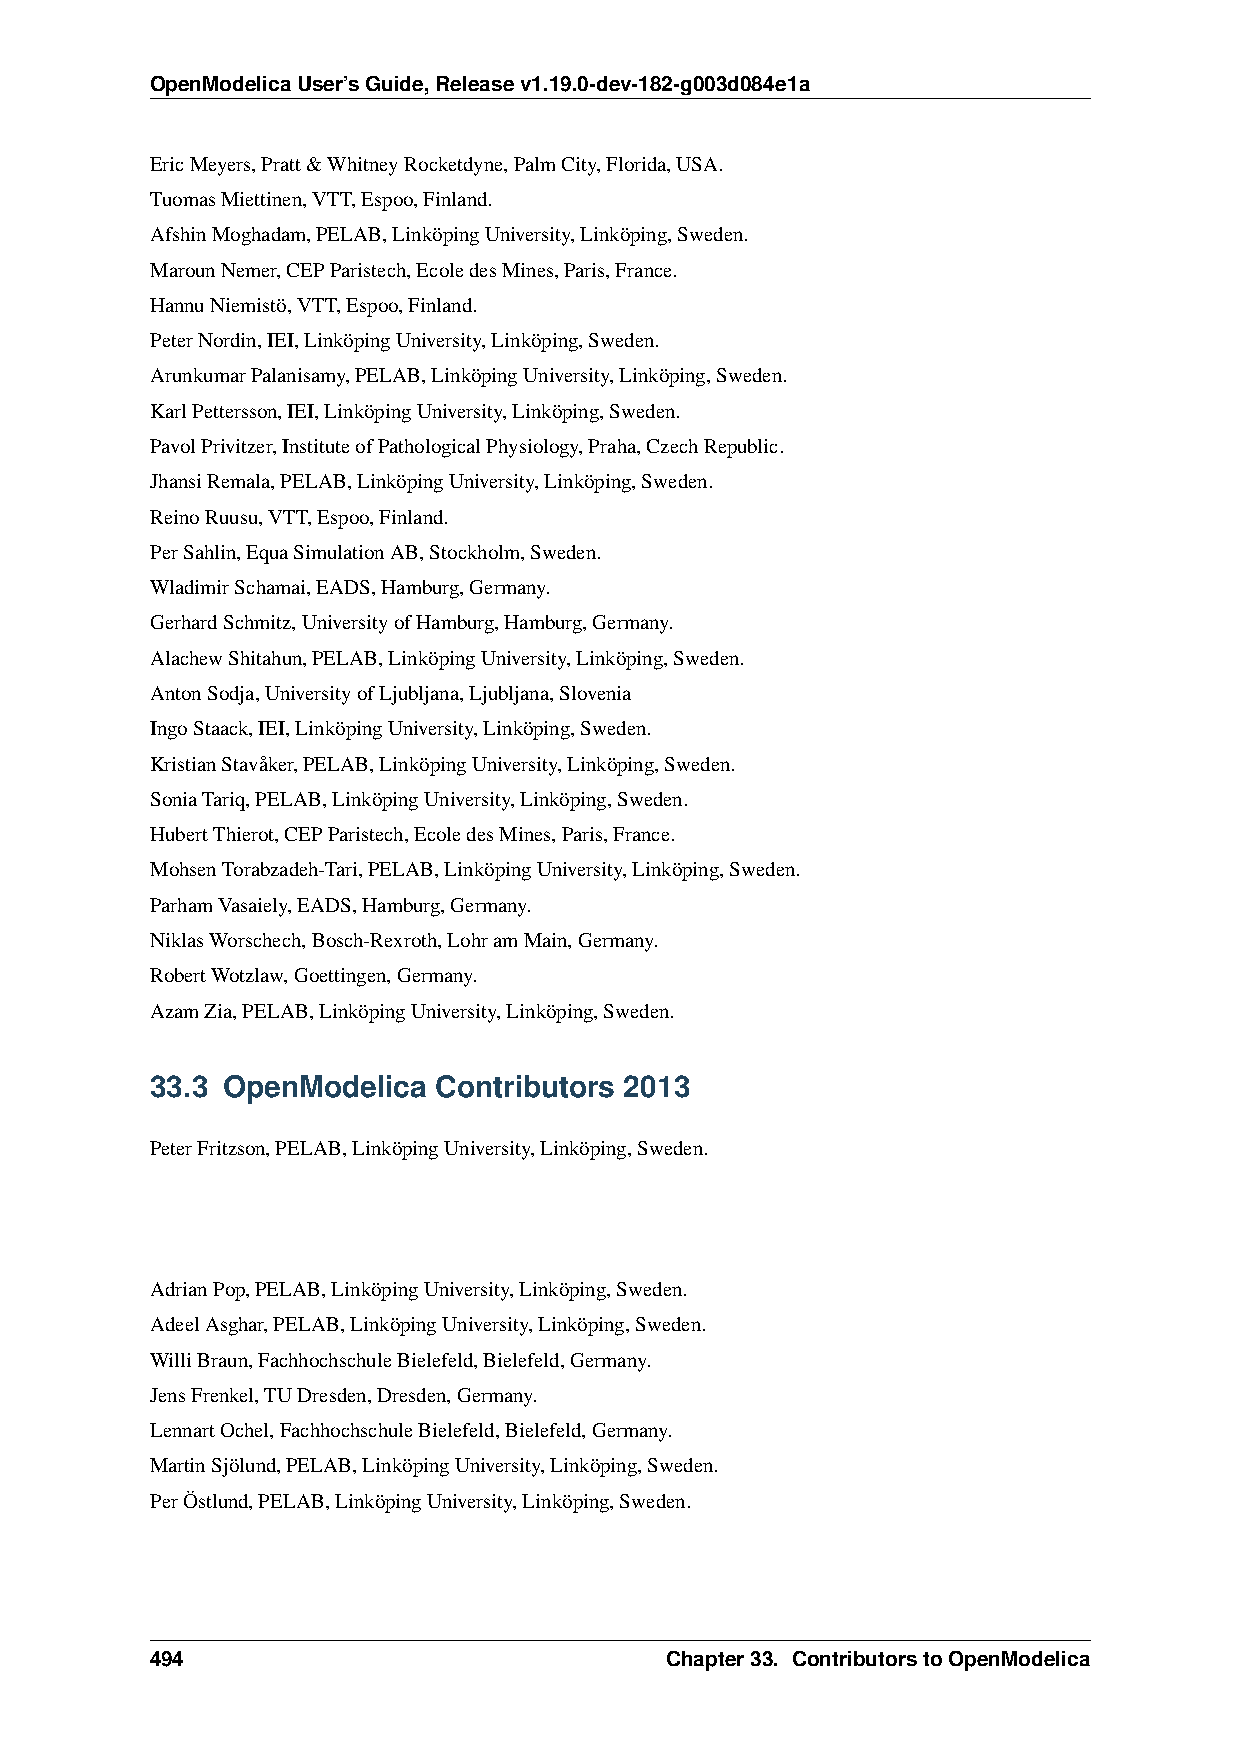
OpenModelicaUser’sGuide,Releasev1.19.0-dev-182-g003d084e1a
 EricMeyers,Pratt&WhitneyRocketdyne,PalmCity,Florida,USA.
 TuomasMiettinen,VTT,Espoo,Finland.
 AfshinMoghadam,PELAB,LinköpingUniversity,Linköping,Sweden.
 MarounNemer,CEPParistech,EcoledesMines,Paris,France.
 HannuNiemistö,VTT,Espoo,Finland.
 PeterNordin,IEI,LinköpingUniversity,Linköping,Sweden.
 ArunkumarPalanisamy,PELAB,LinköpingUniversity,Linköping,Sweden.
 KarlPettersson,IEI,LinköpingUniversity,Linköping,Sweden.
 PavolPrivitzer,InstituteofPathologicalPhysiology,Praha,CzechRepublic.
 JhansiRemala,PELAB,LinköpingUniversity,Linköping,Sweden.
 ReinoRuusu,VTT,Espoo,Finland.
 PerSahlin,EquaSimulationAB,Stockholm,Sweden.
 WladimirSchamai,EADS,Hamburg,Germany.
 GerhardSchmitz,UniversityofHamburg,Hamburg,Germany.
 AlachewShitahun,PELAB,LinköpingUniversity,Linköping,Sweden.
 AntonSodja,UniversityofLjubljana,Ljubljana,Slovenia
 IngoStaack,IEI,LinköpingUniversity,Linköping,Sweden.
 KristianStavåker,PELAB,LinköpingUniversity,Linköping,Sweden.
 SoniaTariq,PELAB,LinköpingUniversity,Linköping,Sweden.
 HubertThierot,CEPParistech,EcoledesMines,Paris,France.
 MohsenTorabzadeh-Tari,PELAB,LinköpingUniversity,Linköping,Sweden.
 ParhamVasaiely,EADS,Hamburg,Germany.
 NiklasWorschech,Bosch-Rexroth,LohramMain,Germany.
 RobertWotzlaw,Goettingen,Germany.
 AzamZia,PELAB,LinköpingUniversity,Linköping,Sweden.
 33.3 OpenModelica  Contributors 2013
 PeterFritzson,PELAB,LinköpingUniversity,Linköping,Sweden.
 AdrianPop,PELAB,LinköpingUniversity,Linköping,Sweden.
 AdeelAsghar,PELAB,LinköpingUniversity,Linköping,Sweden.
 WilliBraun,FachhochschuleBielefeld,Bielefeld,Germany.
 JensFrenkel,TUDresden,Dresden,Germany.
 LennartOchel,FachhochschuleBielefeld,Bielefeld,Germany.
 MartinSjölund,PELAB,LinköpingUniversity,Linköping,Sweden.
 PerÖstlund,PELAB,LinköpingUniversity,Linköping,Sweden.
 494                               Chapter33. ContributorstoOpenModelica